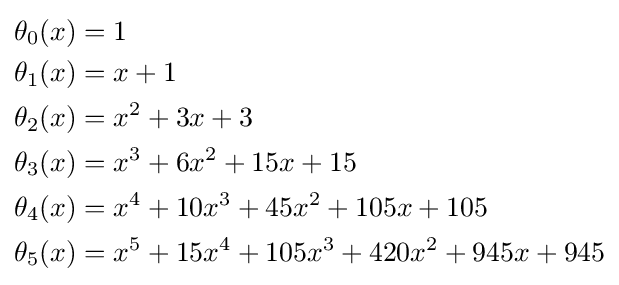
{\begin{aligned}\theta _{0}(x)&=1\\\theta _{1}(x)&=x+1\\\theta _{2}(x)&=x^{2}+3x+3\\\theta _{3}(x)&=x^{3}+6x^{2}+15x+15\\\theta _{4}(x)&=x^{4}+10x^{3}+45x^{2}+105x+105\\\theta _{5}(x)&=x^{5}+15x^{4}+105x^{3}+420x^{2}+945x+945\\\end{aligned}}